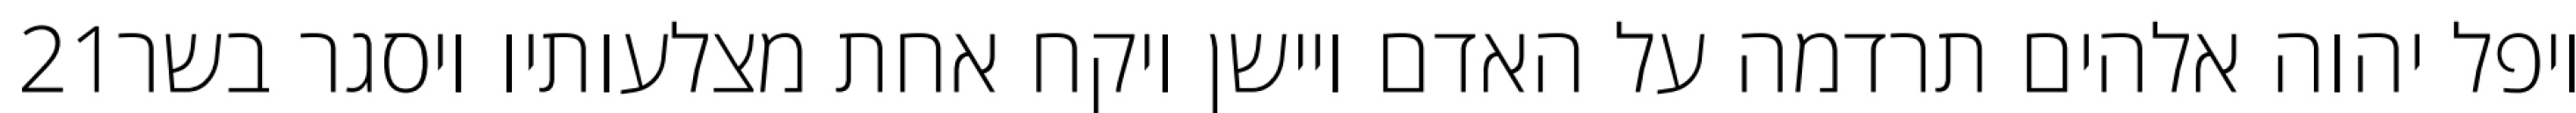
‎21‏ ויפל יהוה אלהים תרדמה על האדם ויישן ויקח אחת מצלעותיו ויסגר בשר